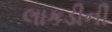
લાકડીની